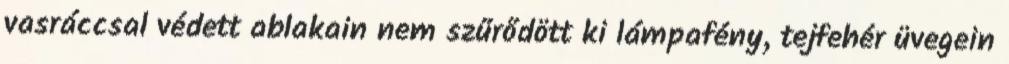
vasráccsal védett ablakain nem szűrődött ki lámpafény, tejfehér üvegein